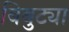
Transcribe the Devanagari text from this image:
बिबुट्या